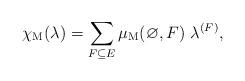
LaTeX: \begin{align*}\chi_\mathrm{M}( \lambda) = \sum_{F \subseteq E} \mu_\mathrm{M}(\varnothing,F)\ \lambda^{(F)},\end{align*}